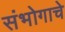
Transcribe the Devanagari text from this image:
संभोगाचे